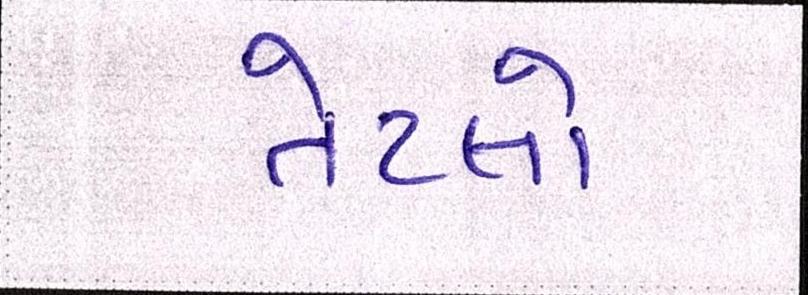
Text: તેટલો